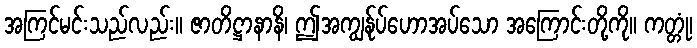
အကြင်မင်းသည်လည်း။ ဇာတိဋ္ဌာနာနိ၊ ဤအကျွန်ုပ်ဟောအပ်သော အကြောင်းတို့ကို။ ကတ္တုံ၊